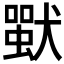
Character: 𤡴